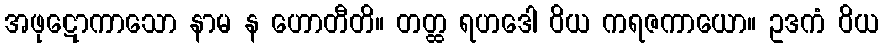
အဖုဋောကာသော နာမ န ဟောတီတိ။ တတ္ထ ရဟဒေါ ဝိယ ကရဇကာယော။ ဥဒကံ ဝိယ